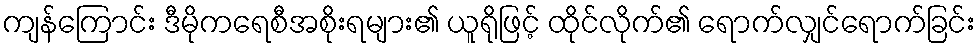
ကျန်ကြောင်း ဒီမိုကရေစီအစိုးရများ၏ ယူရိုဖြင့် ထိုင်လိုက်၏ ရောက်လျှင်ရောက်ခြင်း